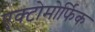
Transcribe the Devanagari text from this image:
एक्टोमोर्फिक